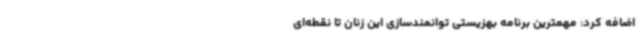
اضافه کرد: مهمترین برنامه بهزیستی توانمندسازی این زنان تا نقطه‌ای